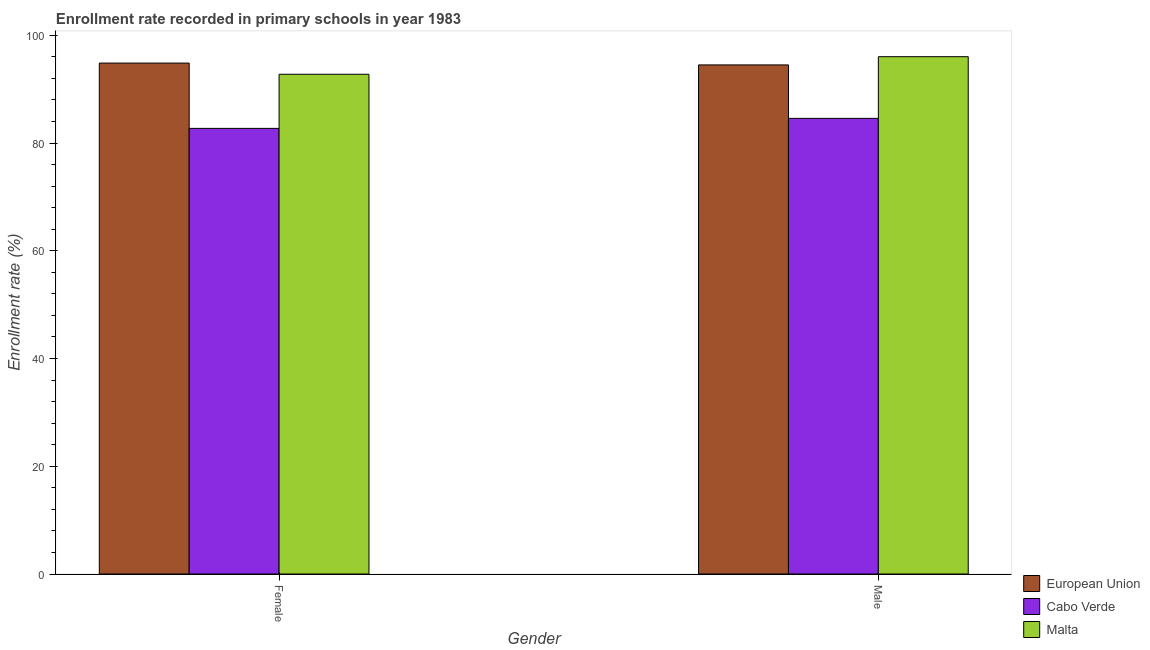
| Gender | European Union | Cabo Verde | Malta |
 | --- | --- | --- | --- |
 | Female | 94.8 | 82.7 | 92.8 |
 | Male | 94.5 | 84.6 | 96 |